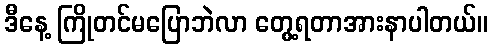
ဒီနေ့ ကြိုတင်မပြောဘဲလာ တွေ့ရတာအားနာပါတယ်။